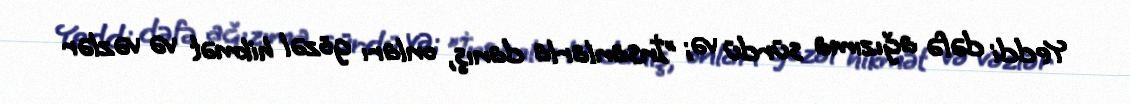
Yeddi dəfə ağızıma sürdü və; "İnsanlarla danış, onları gözəl hikmət və vəzlər